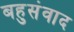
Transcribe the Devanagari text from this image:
बहुसंवाद